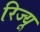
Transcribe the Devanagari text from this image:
रिज्यू